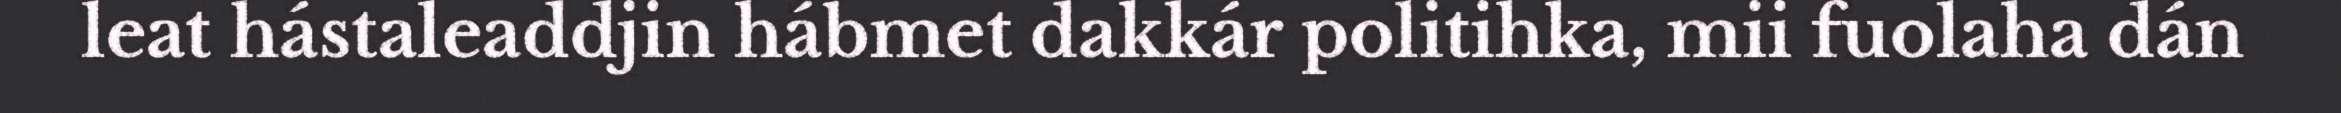
leat hástaleaddjin hábmet dakkár politihka, mii fuolaha dán